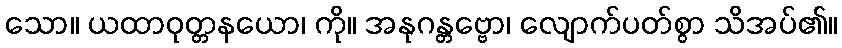
သော။ ယထာဝုတ္တနယော၊ ကို။ အနုဂန္တဗ္ဗော၊ လျောက်ပတ်စွာ သိအပ်၏။